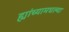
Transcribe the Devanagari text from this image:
ह्यांच्यामधल्या